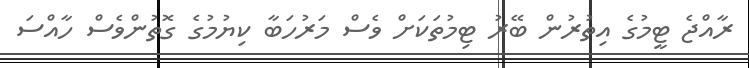
ރާއްޖެ ޓީމުގެ އިތުރުން ބޭރު ޓިމުތަކަށް ވެސް މަރުހަބާ ކިޔުމުގެ ގޮތުންވެސް ހާއްސަ